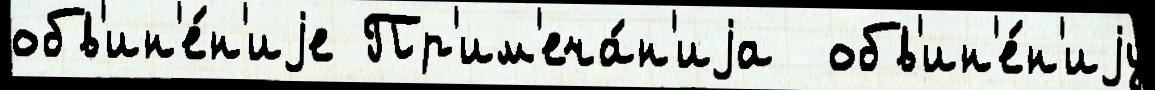
обв'ин'е́н'иjе Пр'им'еча́н'иjа  обв'ин'е́н'иjу